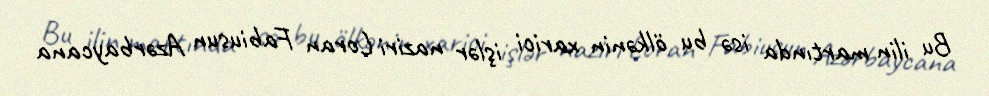
Bu ilin martında isə bu ölkənin xarici işlər naziri Loran Fabiusun Azərbaycana